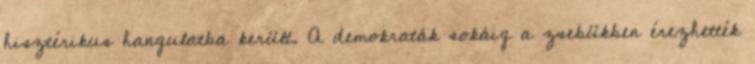
hisztérikus hangulatba került. A demokraták sokáig a zsebükben érezhették